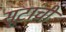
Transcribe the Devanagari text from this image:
सूटांची